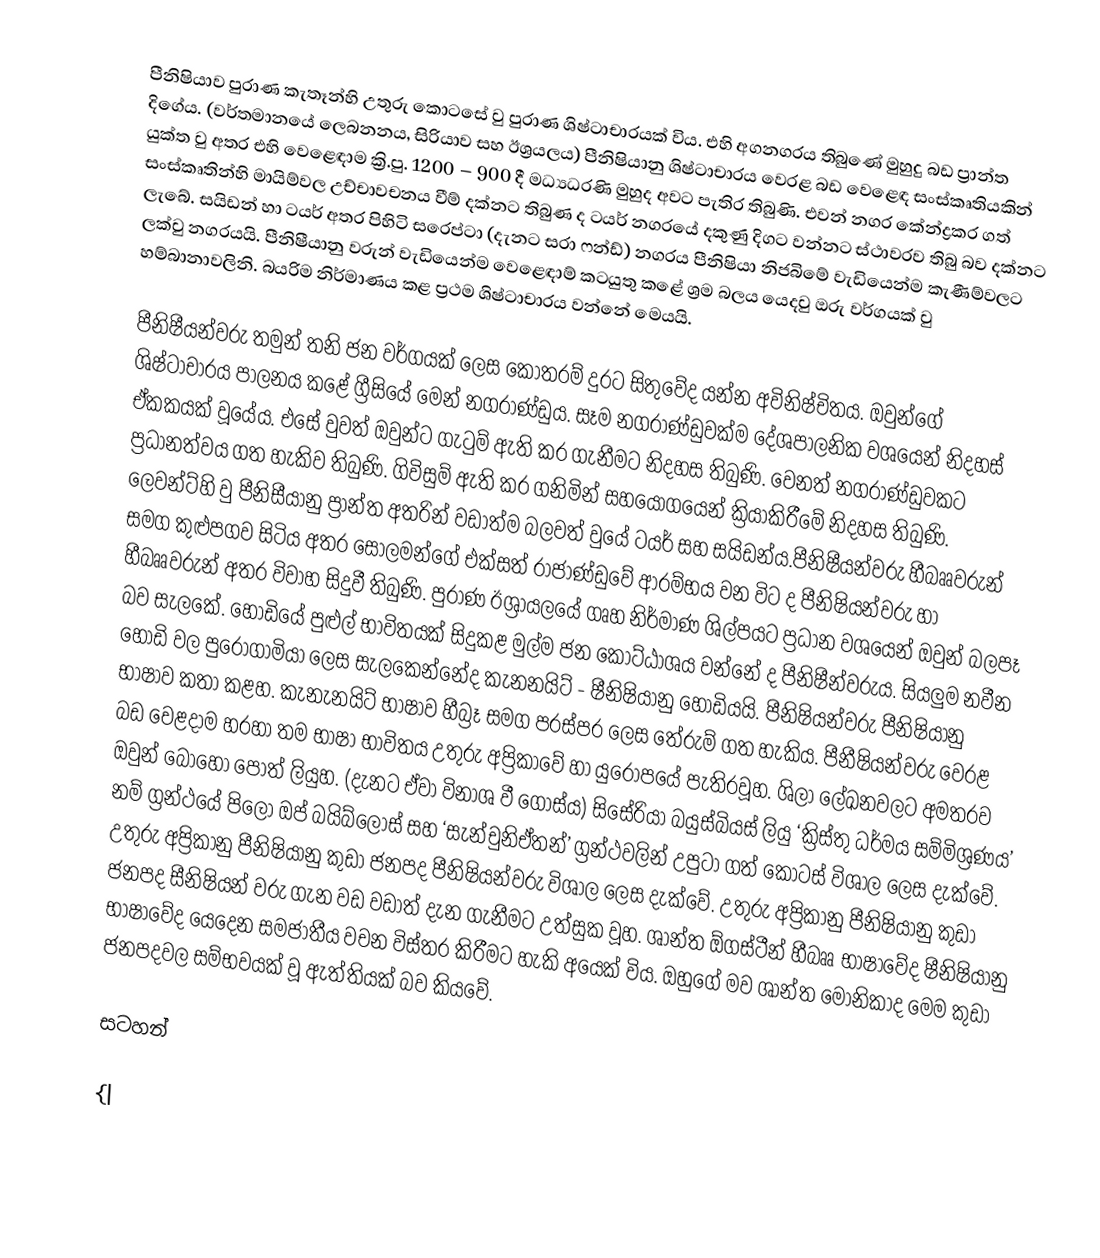
පීනිෂියාව පුරාණ කැතෑන්හි උතුරු කොටසේ වු පුරාණ ශිෂ්ටාචාරයක් විය. එහි අගනගරය තිබුණේ මුහුදු බඩ ප්‍රාන්ත දිගේය. (වර්තමානයේ ලෙබනනය, සිරියාව සහ ඊශ්‍රයලය) පීනිෂියානු ශිෂ්ටාචාරය වෙරළ බඩ වෙළෙඳ සංස්කෘතියකින් යුක්ත වු අතර එහි වෙළෙඳාම ක්‍රි.පු. 1200 – 900 දී මධ්‍යධරණි මුහුද අවට පැතිර තිබුණි. එවන් නගර කේන්ද්‍රකර ගත් සංස්කෘතින්හි මායිම්වල උච්චාවචනය වීම් දක්නට තිබුණ ද ටයර් නගරයේ දකුණු දිගට වන්නට ස්ථාවරව තිබු බව දක්නට ලැබේ. සයිඩන් හා ටයර් අතර පිහිටි සරෙප්ටා (දැනට සරා ෆන්ඩ්) නගරය පීනිෂියා නිජබිමේ වැඩියෙන්ම කැණීම්වලට ලක්වු නගරයයි. පීනිෂීයානු වරුන් වැඩියෙන්ම වෙළෙඳාම් කටයුතු කළේ ශ්‍රම බලය යෙදවු ඔරු වර්ගයක් වු හම්බානාවලිනි. බයරිම නිර්මාණය කළ ප්‍රථම ශිෂ්ටාචාරය වන්නේ මෙයයි.

පීනිෂීයන්වරු තමුන් තනි ජන වර්ගයක් ලෙස කොතරම් දුරට සිතුවේද යන්න අවිනිෂ්චිතය. ඔවුන්ගේ ශිෂ්ටාචාරය පාලනය කළේ ග්‍රීසියේ මෙන් නගරාණ්ඩුය. සෑම නගරාණ්ඩුවක්ම දේශපාලනික වශයෙන් නිදහස් ඒකකයක් වූයේය. එසේ වුවත් ඔවුන්ට ගැටුම් ඇති කර ගැනීමට නිදහස තිබුණි. වෙනත් නගරාණ්ඩුවකට ප්‍රධානත්වය ගත හැකිව තිබුණි. ගිවිසුම් ඇති කර ගනිමින් සහයෝගයෙන් ක්‍රියාකිරීමේ නිදහස තිබුණි. ලෙවන්ට්හි වු පීනිසීයානු ප්‍රාන්ත අතරින් වඩාත්ම බලවත් වුයේ ටයර් සහ සයිඩන්ය.පීනිෂීයන්වරු හීබෲවරුන් සමග කුළුපගව සිටිය අතර සොලමන්ගේ එක්සත් රාජාණ්ඩුවේ ආරම්භය වන විට ද පීනිෂියන්වරු හා හීබෲවරුන් අතර විවාහ සිදුවී තිබුණි. පුරාණ ඊශ්‍රායලයේ ගෘහ නිර්මාණ ශිල්පයට ප්‍රධාන වශයෙන් ඔවුන් බලපෑ බව සැලකේ. හෝඩියේ පුළුල් භාවිතයක් සිදුකළ මුල්ම ජන කොට්ඨාශය වන්නේ ද පීනිෂීන්වරුය. සියලුම නවීන හෝඩි වල පුරෝගාමියා ලෙස සැලකෙන්නේද කැනනයිට් - ෂීනිෂියානු හෝඩියයි. පීනිෂියන්වරු පීනිෂියානු භාෂාව කතා කළහ. කැනැනයිට් භාෂාව හීබ්‍රෑ සමග පරස්පර ලෙස තේරුම් ගත හැකිය. පීනීෂියන්වරු වෙරළ බඩ වෙළදාම හරහා තම භාෂා භාවිතය උතුරු අප්‍රිකාවේ හා යුරෝපයේ පැතිරවූහ. ශිලා ලේඛනවලට අමතරව ඔවුන් බොහෝ පොත් ලියුහ. (දැනට ඒවා විනාශ වී ගොස්ය) සිසේරියා බයුස්බියස් ලියු ‘ක්‍රිස්තු ධර්මය සම්මිශ්‍රණය’ නම් ග්‍රන්ථයේ පිලෝ ඔප් බයිබ්ලොස් සහ ‘සැන්චුනිඒතන්’ ග්‍රන්ථවලින් උපුටා ගත් කොටස් විශාල ලෙස දැක්වේ. උතුරු අප්‍රිකානු පීනිෂියානු කුඩා ජනපද පීනිෂියන්වරු විශාල ලෙස දැක්වේ. උතුරු අප්‍රිකානු පීනිෂියානු කුඩා ජනපද සීනිෂියන් වරු ගැන වඩ වඩාත් දැන ගැනීමට උත්සුක වූහ. ශාන්ත ඕගස්ටීන් හීබෲ භාෂාවේද ෂීනිෂියානු භාෂාවේද යෙදෙන සමජාතීය වචන විස්තර කිරීමට හැකි අයෙක් විය. ඔහුගේ මව ශාන්ත මොනිකාද මෙම කුඩා ජනපදවල සම්භවයක් වූ ඇත්තියක් බව කියවේ.

සටහන්

{|